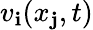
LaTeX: v_{\mathbf{i}}(x_{\mathbf{j}},t)